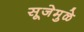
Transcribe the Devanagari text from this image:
सूजेमुळे